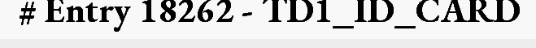
# Entry 18262 - TD1_ID_CARD